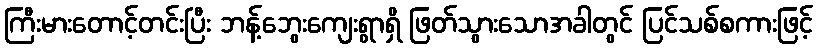
ကြီးမားတောင့်တင်းပြီး ဘန့်ဘွေးကျေးရွာရှိ ဖြတ်သွားသောအခါတွင် ပြင်သစ်စကားဖြင့်